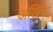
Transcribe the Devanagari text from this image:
अखियां